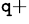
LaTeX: ^{\mathtt{q}+}